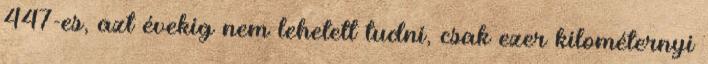
447-es, azt évekig nem lehetett tudni, csak ezer kilométernyi